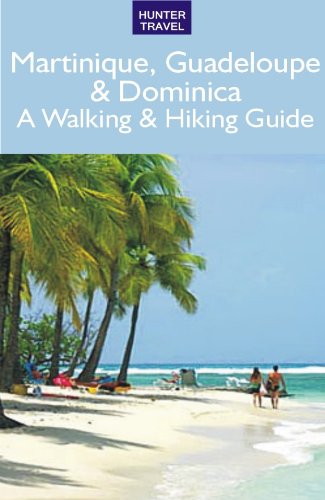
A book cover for Martinique, Guadeloupe & Dominica: A Walking & Hiking Guide; Leonard Adkins; Travel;